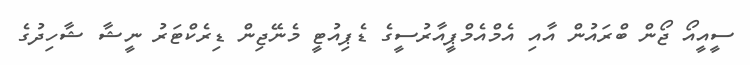
ސީއީއޯ ޖޯން ބްރަައުން އާއި އެމްއެމްޕީއާރުސީގެ ޑެޕިއުޓީ މެނޭޖިން ޑިރެކްޓަރު ނީޝާ ޝާހިދުގެ